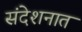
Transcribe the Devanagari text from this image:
संदेशनात